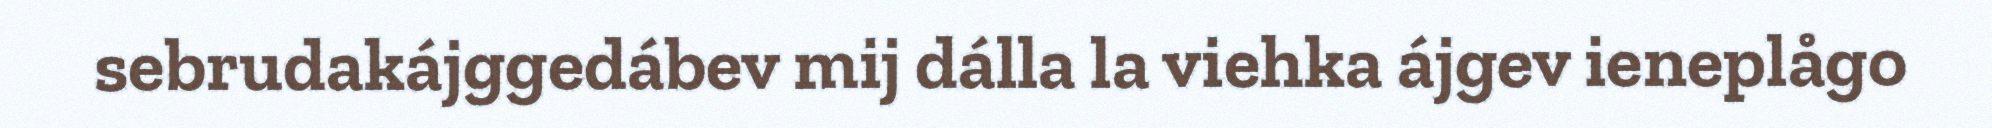
sebrudakájggedábev mij dálla la viehka ájgev ieneplågo